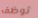
توظف